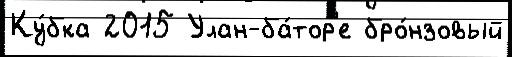
Ку́бка 2015 Улан-ба́тор'е бро́нзовый